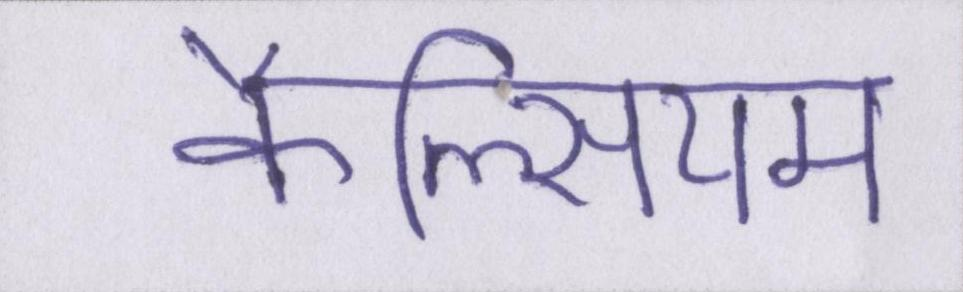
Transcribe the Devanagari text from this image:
कैल्सियम